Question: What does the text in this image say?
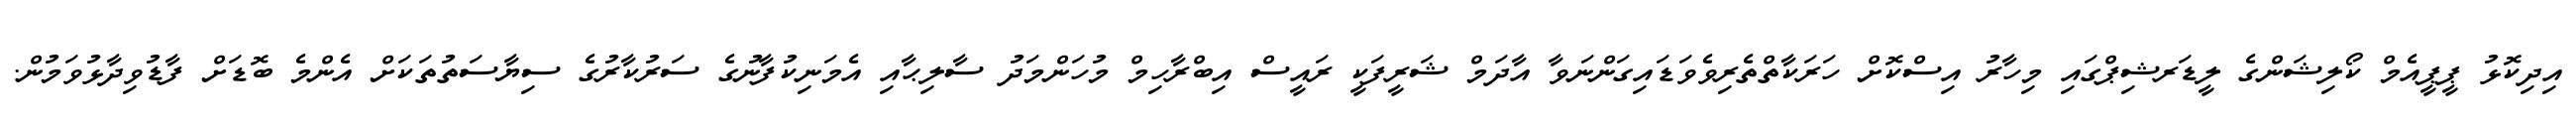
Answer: އިދިކޮޅު ޕީޕީއެމް ކޯލިޝަންގެ ލީޑަރޝިޕްގައި މިހާރު އިސްކޮށް ހަރަކާތްތެރިވެވަޑައިގަންނަވާ އާދަމް ޝަރީފަކީ ރައީސް އިބްރާހިމް މުހަންމަދު ސާލިޙާއި އެމަނިކުފާނުގެ ސަރުކާރުގެ ސިޔާސަތުތަކަށް އެންމެ ބޮޑަށް ފާޑުވިދާޅުވަމުން.